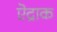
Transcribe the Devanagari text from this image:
ऎद्राक